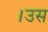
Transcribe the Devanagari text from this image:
।उस